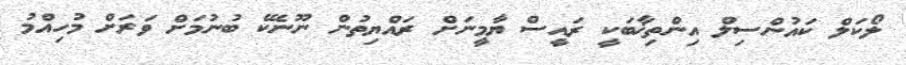
ލޯކަލް ކައުންސިލް އިންތިޚާބަކީ ރައީސް ޔާމީނަށް ރައްޔިތުން ނޫނެކޭ ބުނުމަށް ވަރަށް މުހިއްމު